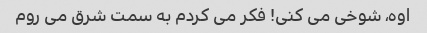
اوه، شوخی می کنی! فکر می کردم به سمت شرق می روم